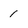
Character: 1